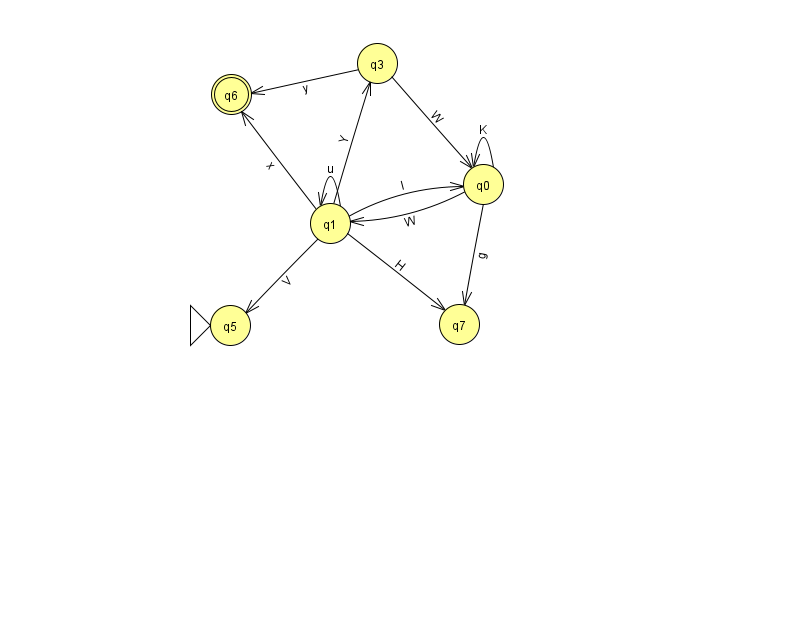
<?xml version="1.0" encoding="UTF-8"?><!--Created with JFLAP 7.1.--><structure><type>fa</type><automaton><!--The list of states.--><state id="0" name="q0"><x>483.0</x><y>171.0</y></state><state id="1" name="q1"><x>330.0</x><y>210.0</y></state><state id="3" name="q3"><x>377.0</x><y>50.0</y></state><state id="5" name="q5"><x>230.0</x><y>312.0</y><initial/></state><state id="6" name="q6"><x>231.0</x><y>81.0</y><final/></state><state id="7" name="q7"><x>459.0</x><y>311.0</y></state><!--The list of transitions.--><transition><from>1</from><to>0</to><read>l</read></transition><transition><from>1</from><to>5</to><read>V</read></transition><transition><from>1</from><to>1</to><read>u</read></transition><transition><from>3</from><to>6</to><read>y</read></transition><transition><from>1</from><to>6</to><read>x</read></transition><transition><from>0</from><to>7</to><read>g</read></transition><transition><from>3</from><to>0</to><read>W</read></transition><transition><from>1</from><to>3</to><read>Y</read></transition><transition><from>0</from><to>0</to><read>K</read></transition><transition><from>0</from><to>1</to><read>W</read></transition><transition><from>1</from><to>7</to><read>H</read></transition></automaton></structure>